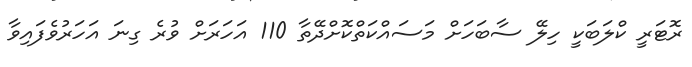
ރޮޓަރީ ކްލަބަކީ ހިލޭ ސާބަހަށް މަސައްކަތްކޮށްދޭތާ 110 އަހަރަށް ވުރެ ގިނަ އަހަރުވެފައިވާ